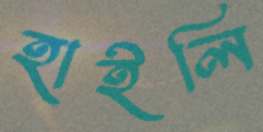
হাইলি